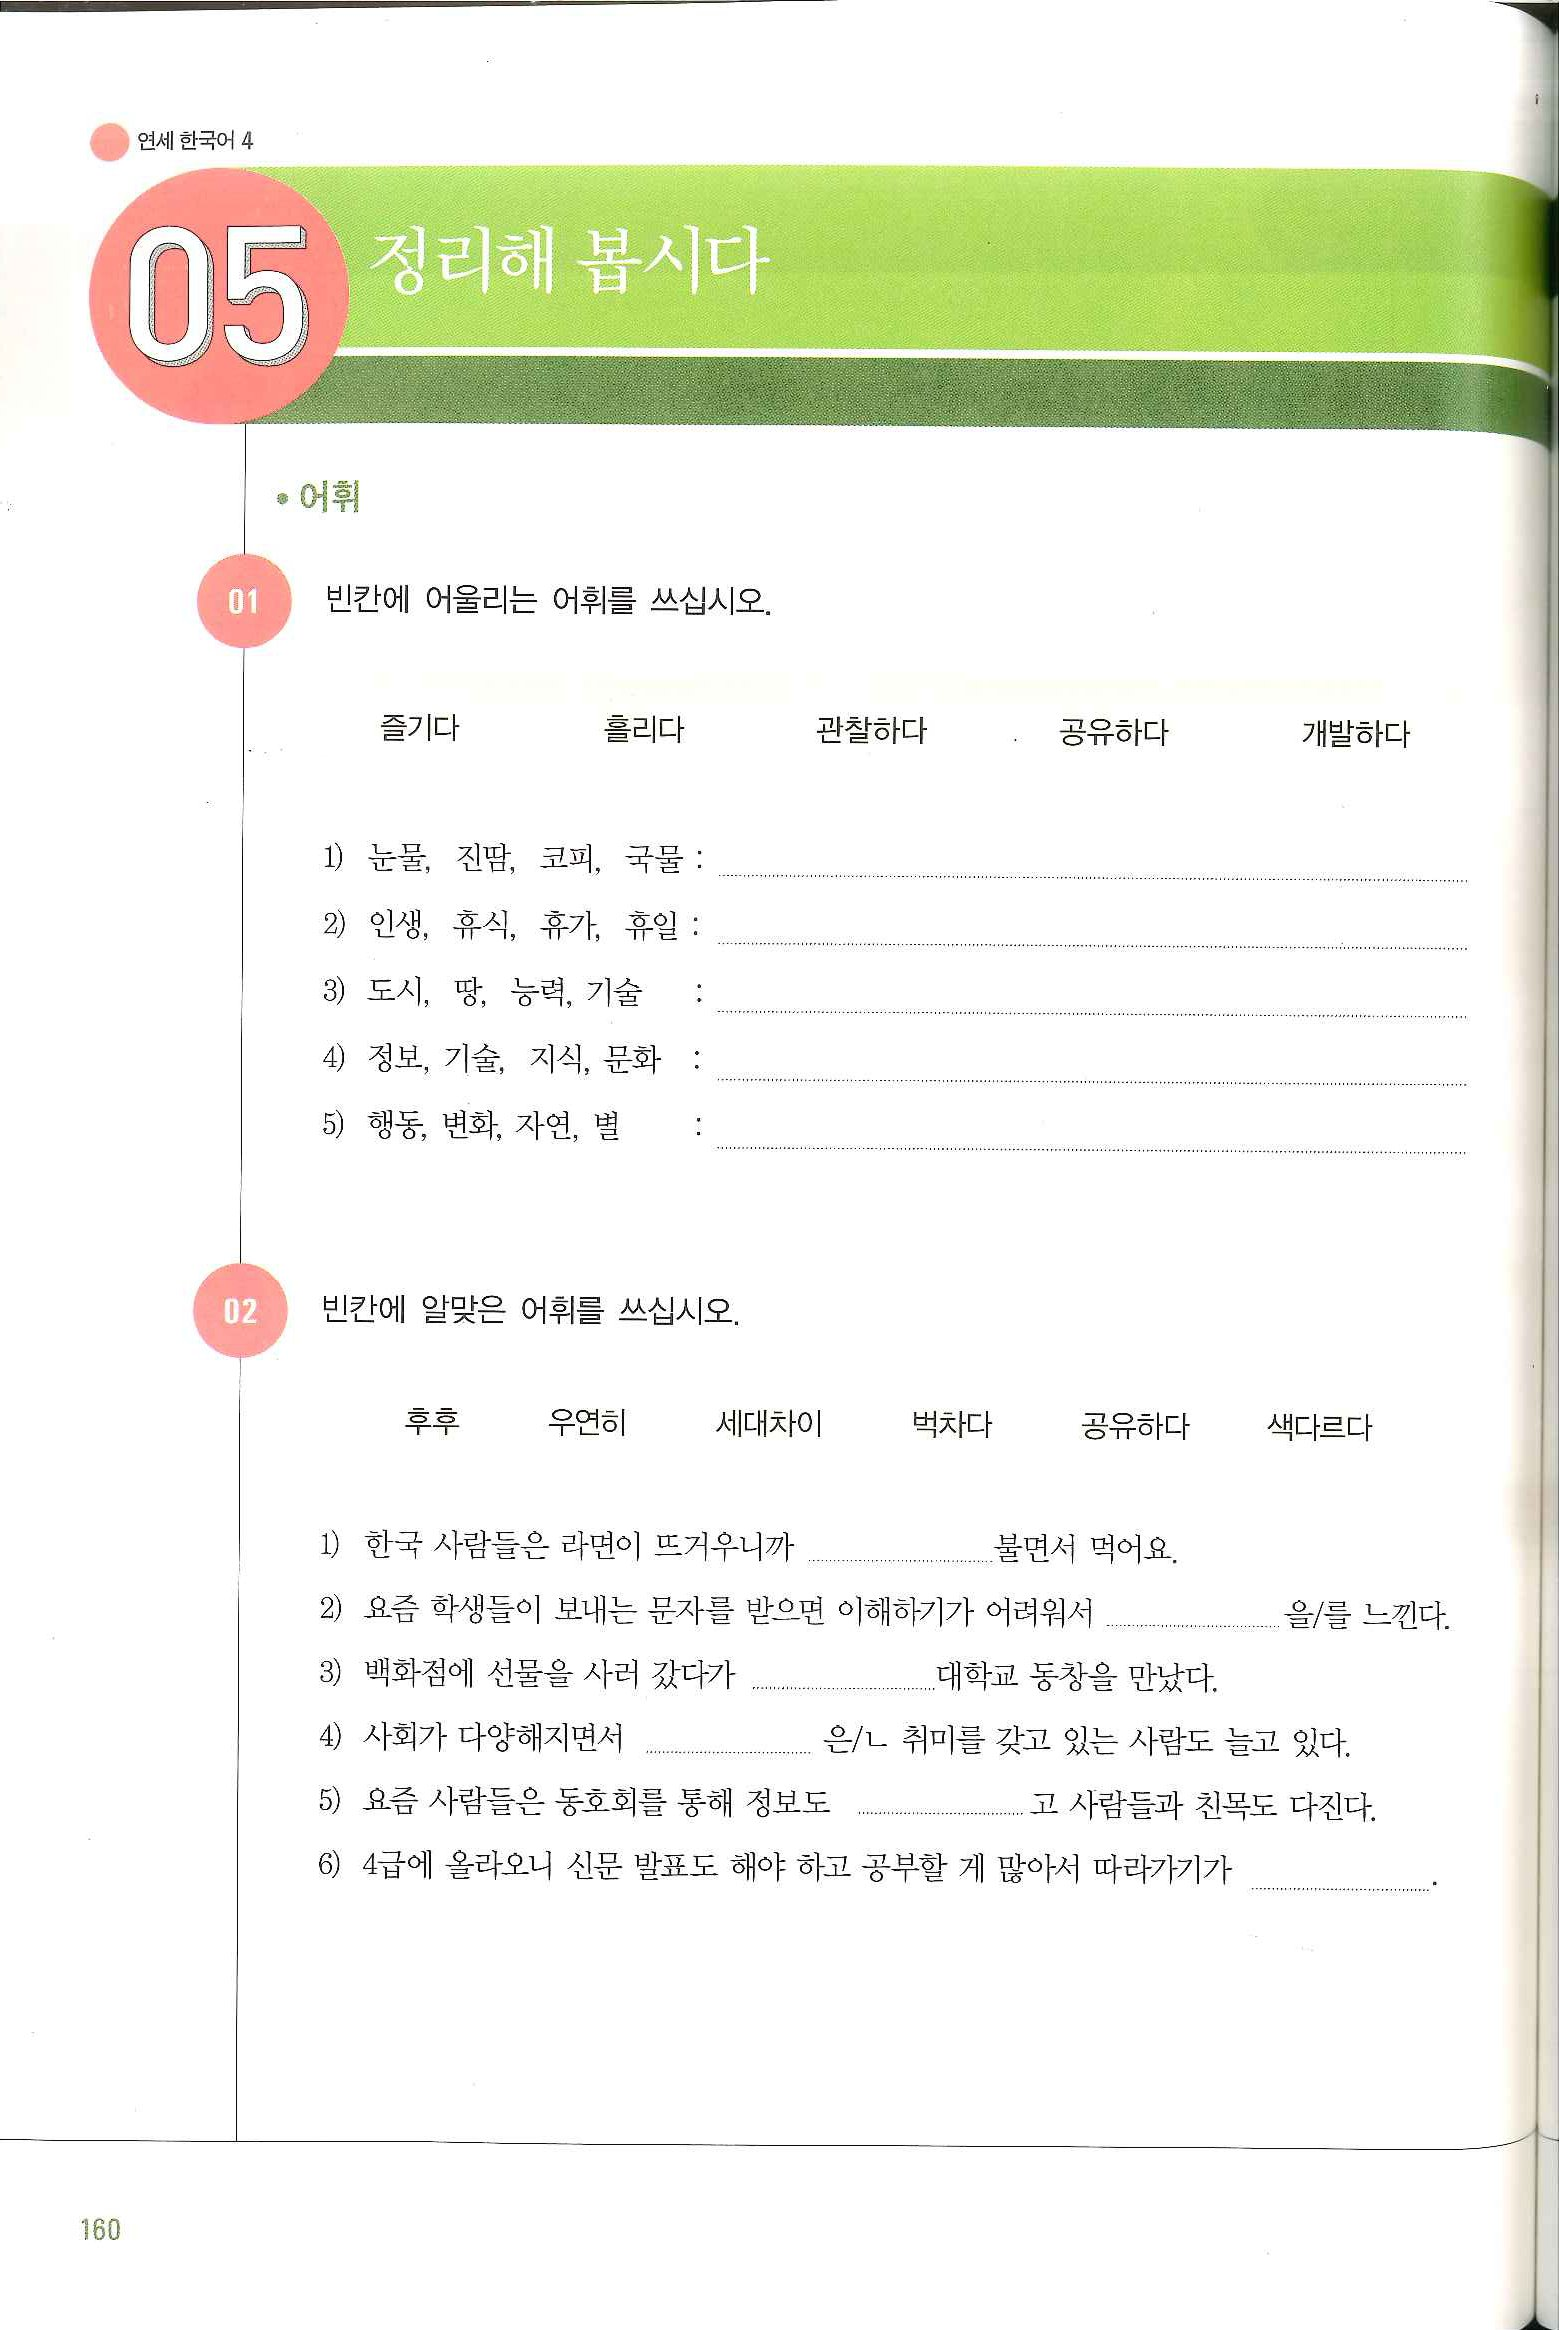
Language: ko